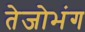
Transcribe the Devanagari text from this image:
तेजोभंग